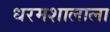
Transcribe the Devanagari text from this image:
धरमशालाला